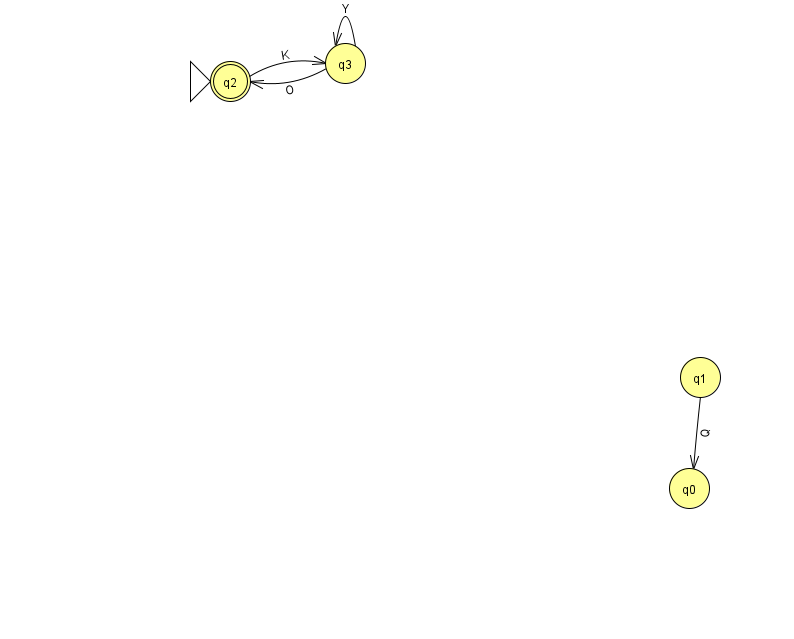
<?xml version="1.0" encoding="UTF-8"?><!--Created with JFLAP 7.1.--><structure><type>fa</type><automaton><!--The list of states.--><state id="0" name="q0"><x>689.0</x><y>475.0</y></state><state id="1" name="q1"><x>700.0</x><y>364.0</y></state><state id="2" name="q2"><x>230.0</x><y>68.0</y><initial/><final/></state><state id="3" name="q3"><x>345.0</x><y>50.0</y></state><!--The list of transitions.--><transition><from>1</from><to>0</to><read>Q</read></transition><transition><from>2</from><to>3</to><read>K</read></transition><transition><from>3</from><to>3</to><read>Y</read></transition><transition><from>3</from><to>2</to><read>O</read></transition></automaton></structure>